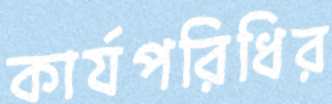
কার্যপরিধির